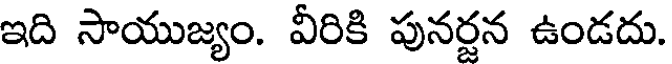
ఇది సాయుజ్యం. వీరికి పునర్జన ఉండదు.